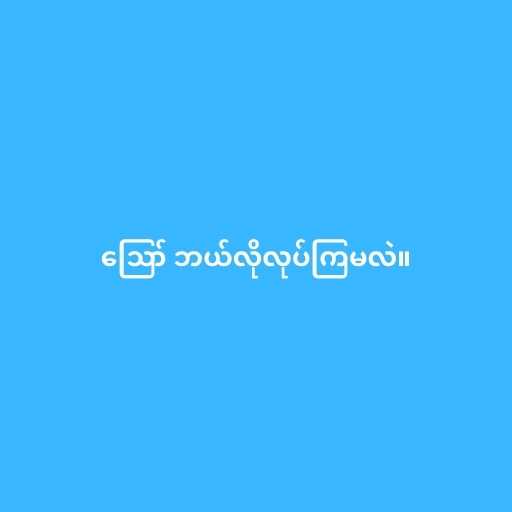
ဪ ဘယ်လိုလုပ်ကြမလဲ။